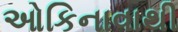
ઓકિનાવાથી